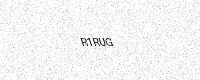
Text: R1RUG